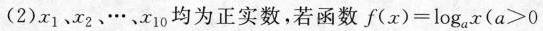
(2)x_{1}、x_{2}、… 、x_{10}均为正实数，若函数$$f ( x ) = log _ { a } x$$($$a > 0